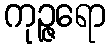
ကုဉ္ဇရော